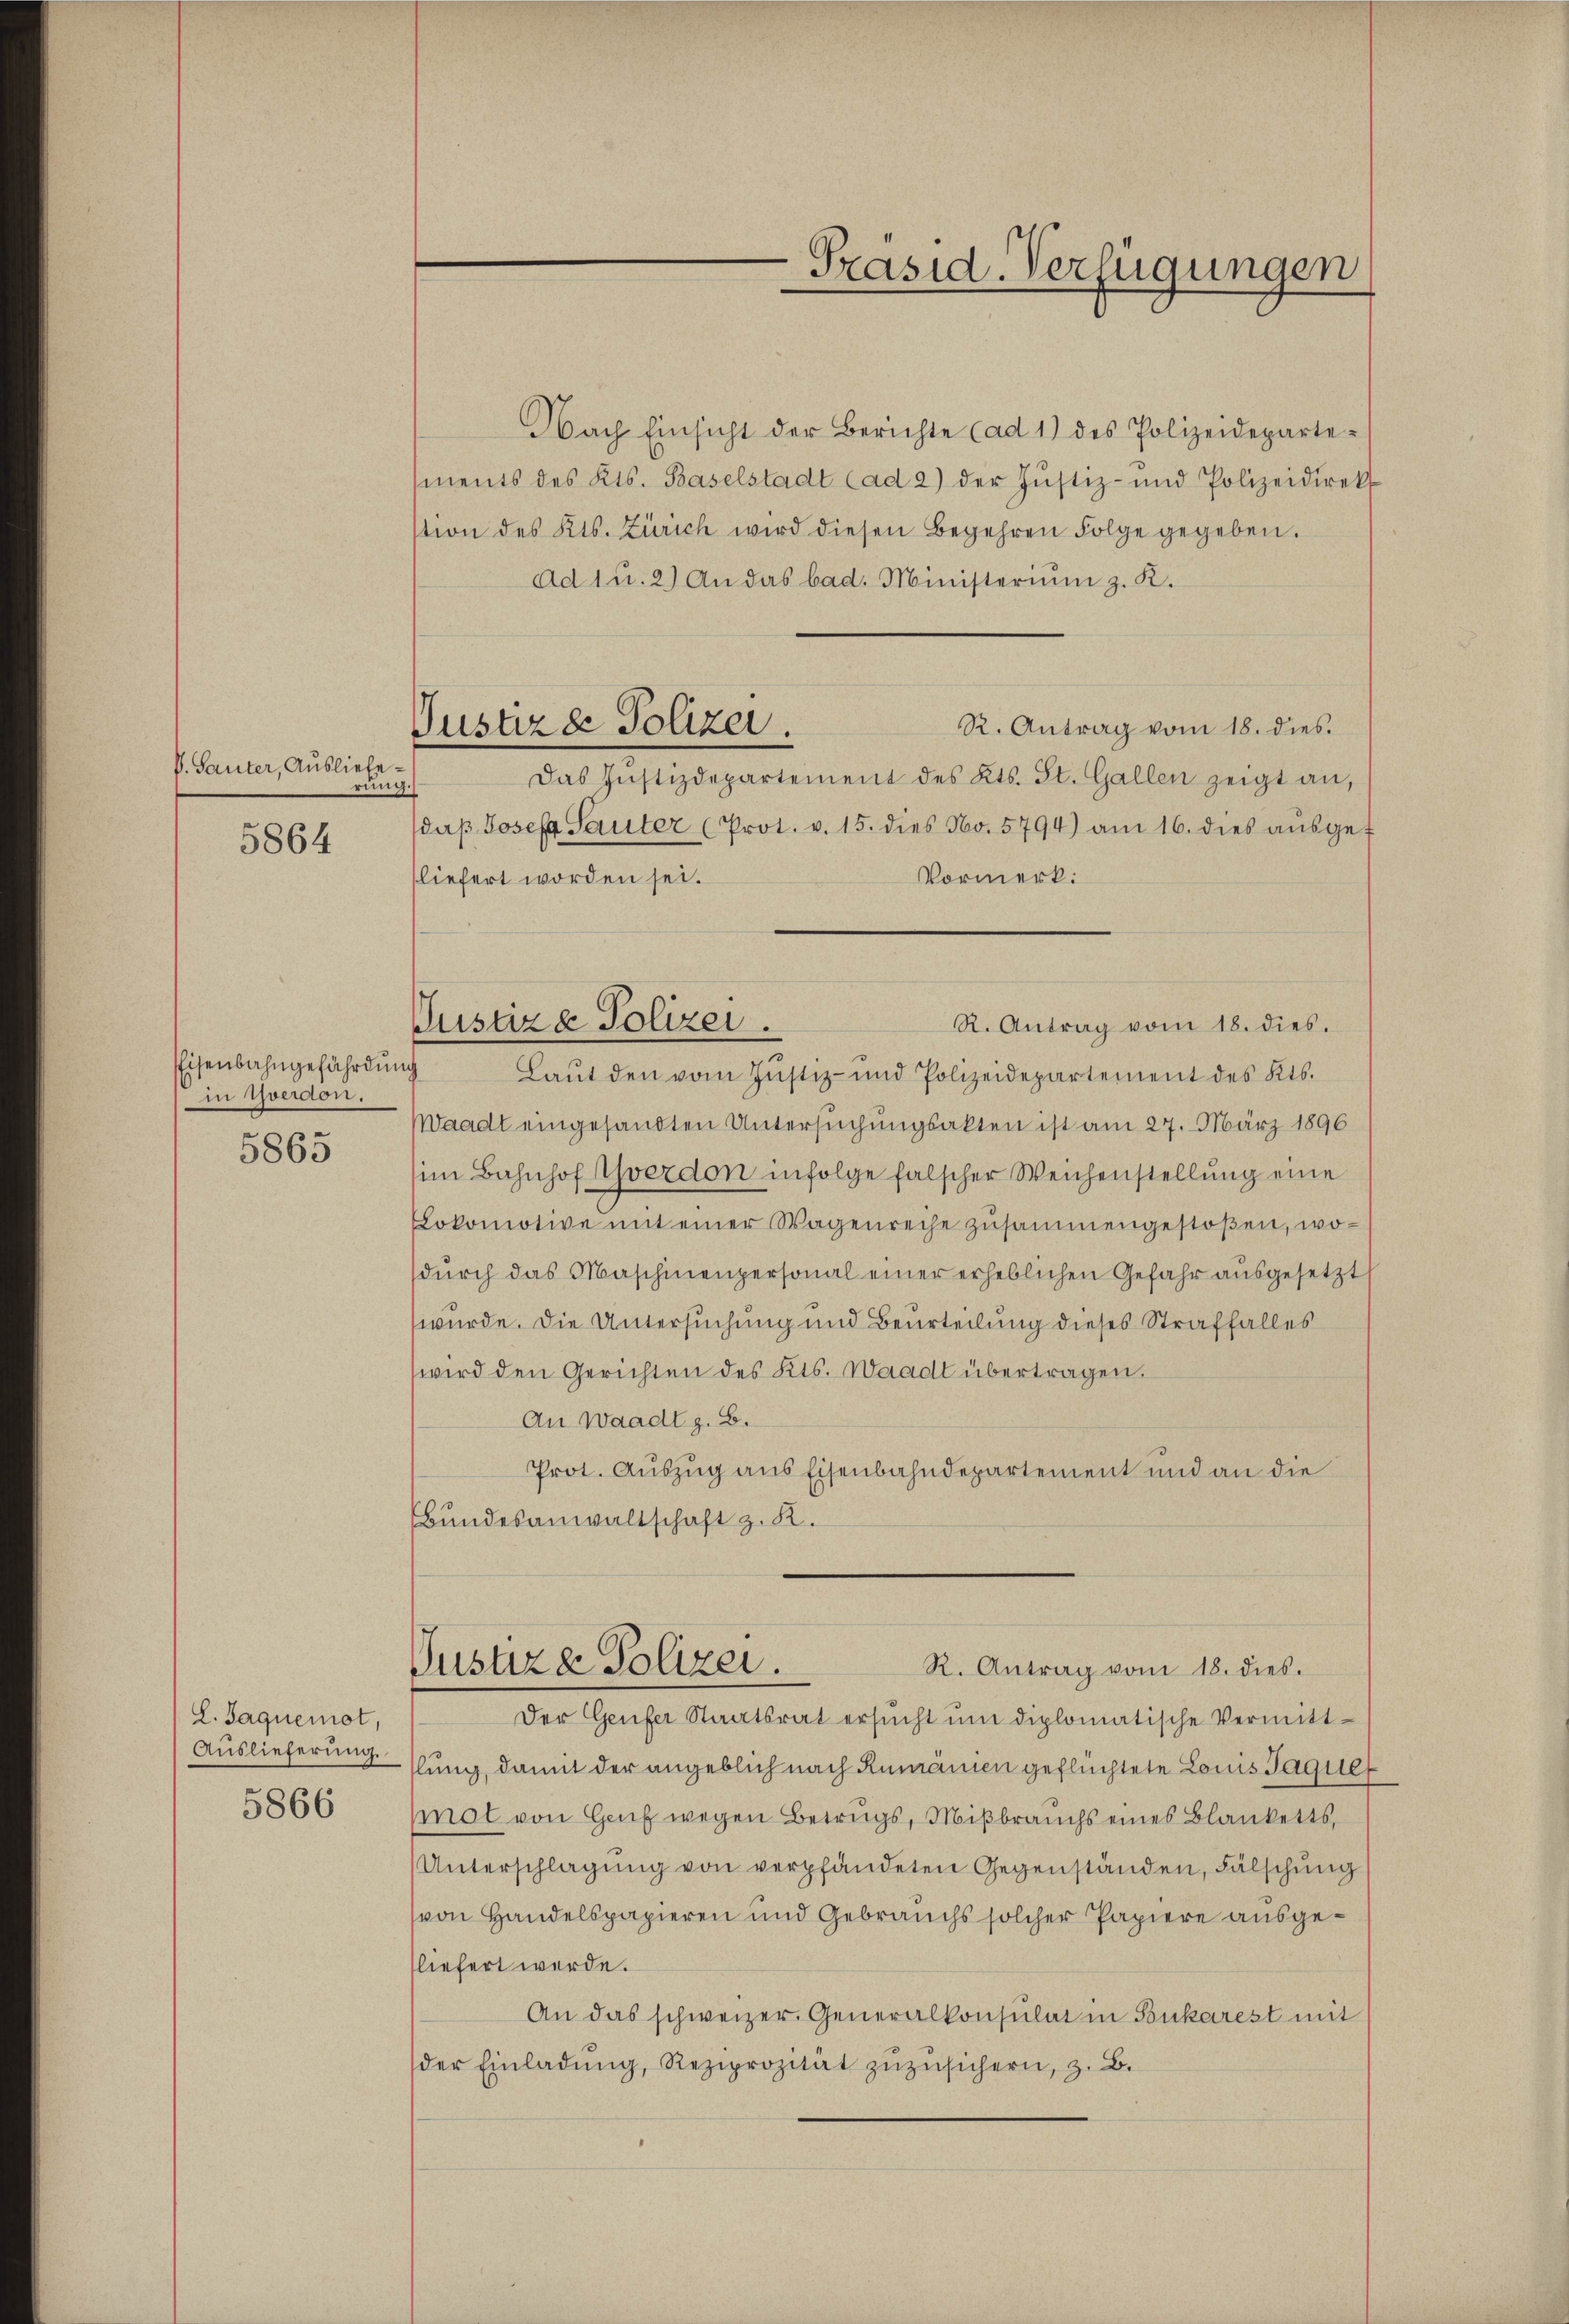
V. Sauter, Ausliefe.
rung.

5864

Eisenbahngefährdung
in Yverdon,

5863

L. Jaquemot,
Auslieferung.

5866

Justizde Polizei.

Präsid-Verfügungen

Pustiz & Polizei.
R. Antrag vom 18. dies.

Nach Einsicht der Berichte (ad 1) des Polizeideparte-
ments des Kts. Baselstadt (ad 2) der Justiz- und Polizeidirekt
stion des Kts. Zürich wird diesen Begehren Folge gegeben.
ad 1 u. 2) An das bad. Ministerium z. K.
R. Antrag vom 18. dies
Das Justizdepartement des Kts. St. Gallen zeigt an,
Idaβ Josef Sauter (Prot. v. 15. dies No. 5794) am 16. dies aŭsget
Vormerk:
liefert worden sei.
Laŭt den vom Jŭstiz- und Polizeidepartement des Kts.
Waadt eingesandten Untersuchungsakten ist am 27. März 1896
im Bahnhof Yverdon infolge falscher Weichenstellung eine
LLokomotive mit einer Wagenreche zŭsammengestoβen, wodurch das Maschinenpersonal einer erheblichen Gefahr ausgesetzt
wurde. Die Untersuchung und Beurteilung dieses Straffalles
wird den Gerichten des Kts. Waadt übertragen.
An Waadt z. B.
Prot. Auszug aus Eisenbahndepartement und an die
Bundesanwaltschaft z. K.
Justiza Polizei.
R. Antrag vom 18. dies.
Der Genfer Staatsrat ersŭcht ŭm diplomatische Vermitthlung, damit der angeblich nach Rumänien geflüchtete Lois Jaque
ot von Genf wegen Betrugs, Mißbrauchs eines Blanketts,
Unterschlagung von verpfändeten Gegenständen, Fälschung
von Handelspapieren und Gebrauchs solcher Papiere ausgeliefert werde.
An das schweizer. Generalkonsulat in Bukarest mit
der Einladŭng, Reziprozität zŭzŭsichern, z. B.